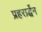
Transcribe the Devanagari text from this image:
प्रहरार्द्धेन